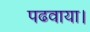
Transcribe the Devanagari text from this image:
पढवाया।